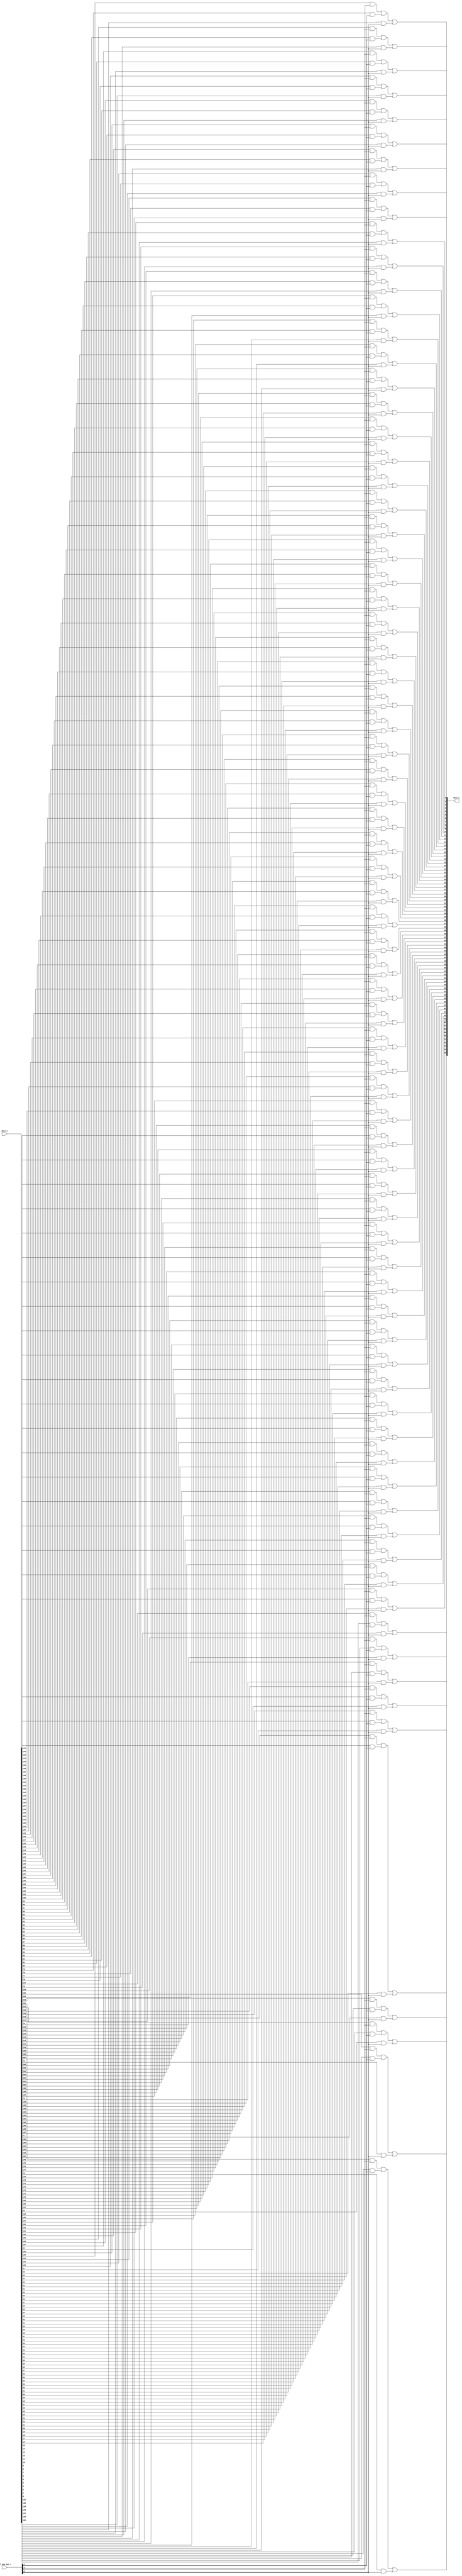
module bsg_mux_one_hot_width_p76_els_p3
(
  data_i,
  sel_one_hot_i,
  data_o
);

  input [227:0] data_i;
  input [2:0] sel_one_hot_i;
  output [75:0] data_o;
  wire [75:0] data_o;
  wire N0,N1,N2,N3,N4,N5,N6,N7,N8,N9,N10,N11,N12,N13,N14,N15,N16,N17,N18,N19,N20,N21,
  N22,N23,N24,N25,N26,N27,N28,N29,N30,N31,N32,N33,N34,N35,N36,N37,N38,N39,N40,N41,
  N42,N43,N44,N45,N46,N47,N48,N49,N50,N51,N52,N53,N54,N55,N56,N57,N58,N59,N60,N61,
  N62,N63,N64,N65,N66,N67,N68,N69,N70,N71,N72,N73,N74,N75;
  wire [227:0] data_masked;
  assign data_masked[75] = data_i[75] & sel_one_hot_i[0];
  assign data_masked[74] = data_i[74] & sel_one_hot_i[0];
  assign data_masked[73] = data_i[73] & sel_one_hot_i[0];
  assign data_masked[72] = data_i[72] & sel_one_hot_i[0];
  assign data_masked[71] = data_i[71] & sel_one_hot_i[0];
  assign data_masked[70] = data_i[70] & sel_one_hot_i[0];
  assign data_masked[69] = data_i[69] & sel_one_hot_i[0];
  assign data_masked[68] = data_i[68] & sel_one_hot_i[0];
  assign data_masked[67] = data_i[67] & sel_one_hot_i[0];
  assign data_masked[66] = data_i[66] & sel_one_hot_i[0];
  assign data_masked[65] = data_i[65] & sel_one_hot_i[0];
  assign data_masked[64] = data_i[64] & sel_one_hot_i[0];
  assign data_masked[63] = data_i[63] & sel_one_hot_i[0];
  assign data_masked[62] = data_i[62] & sel_one_hot_i[0];
  assign data_masked[61] = data_i[61] & sel_one_hot_i[0];
  assign data_masked[60] = data_i[60] & sel_one_hot_i[0];
  assign data_masked[59] = data_i[59] & sel_one_hot_i[0];
  assign data_masked[58] = data_i[58] & sel_one_hot_i[0];
  assign data_masked[57] = data_i[57] & sel_one_hot_i[0];
  assign data_masked[56] = data_i[56] & sel_one_hot_i[0];
  assign data_masked[55] = data_i[55] & sel_one_hot_i[0];
  assign data_masked[54] = data_i[54] & sel_one_hot_i[0];
  assign data_masked[53] = data_i[53] & sel_one_hot_i[0];
  assign data_masked[52] = data_i[52] & sel_one_hot_i[0];
  assign data_masked[51] = data_i[51] & sel_one_hot_i[0];
  assign data_masked[50] = data_i[50] & sel_one_hot_i[0];
  assign data_masked[49] = data_i[49] & sel_one_hot_i[0];
  assign data_masked[48] = data_i[48] & sel_one_hot_i[0];
  assign data_masked[47] = data_i[47] & sel_one_hot_i[0];
  assign data_masked[46] = data_i[46] & sel_one_hot_i[0];
  assign data_masked[45] = data_i[45] & sel_one_hot_i[0];
  assign data_masked[44] = data_i[44] & sel_one_hot_i[0];
  assign data_masked[43] = data_i[43] & sel_one_hot_i[0];
  assign data_masked[42] = data_i[42] & sel_one_hot_i[0];
  assign data_masked[41] = data_i[41] & sel_one_hot_i[0];
  assign data_masked[40] = data_i[40] & sel_one_hot_i[0];
  assign data_masked[39] = data_i[39] & sel_one_hot_i[0];
  assign data_masked[38] = data_i[38] & sel_one_hot_i[0];
  assign data_masked[37] = data_i[37] & sel_one_hot_i[0];
  assign data_masked[36] = data_i[36] & sel_one_hot_i[0];
  assign data_masked[35] = data_i[35] & sel_one_hot_i[0];
  assign data_masked[34] = data_i[34] & sel_one_hot_i[0];
  assign data_masked[33] = data_i[33] & sel_one_hot_i[0];
  assign data_masked[32] = data_i[32] & sel_one_hot_i[0];
  assign data_masked[31] = data_i[31] & sel_one_hot_i[0];
  assign data_masked[30] = data_i[30] & sel_one_hot_i[0];
  assign data_masked[29] = data_i[29] & sel_one_hot_i[0];
  assign data_masked[28] = data_i[28] & sel_one_hot_i[0];
  assign data_masked[27] = data_i[27] & sel_one_hot_i[0];
  assign data_masked[26] = data_i[26] & sel_one_hot_i[0];
  assign data_masked[25] = data_i[25] & sel_one_hot_i[0];
  assign data_masked[24] = data_i[24] & sel_one_hot_i[0];
  assign data_masked[23] = data_i[23] & sel_one_hot_i[0];
  assign data_masked[22] = data_i[22] & sel_one_hot_i[0];
  assign data_masked[21] = data_i[21] & sel_one_hot_i[0];
  assign data_masked[20] = data_i[20] & sel_one_hot_i[0];
  assign data_masked[19] = data_i[19] & sel_one_hot_i[0];
  assign data_masked[18] = data_i[18] & sel_one_hot_i[0];
  assign data_masked[17] = data_i[17] & sel_one_hot_i[0];
  assign data_masked[16] = data_i[16] & sel_one_hot_i[0];
  assign data_masked[15] = data_i[15] & sel_one_hot_i[0];
  assign data_masked[14] = data_i[14] & sel_one_hot_i[0];
  assign data_masked[13] = data_i[13] & sel_one_hot_i[0];
  assign data_masked[12] = data_i[12] & sel_one_hot_i[0];
  assign data_masked[11] = data_i[11] & sel_one_hot_i[0];
  assign data_masked[10] = data_i[10] & sel_one_hot_i[0];
  assign data_masked[9] = data_i[9] & sel_one_hot_i[0];
  assign data_masked[8] = data_i[8] & sel_one_hot_i[0];
  assign data_masked[7] = data_i[7] & sel_one_hot_i[0];
  assign data_masked[6] = data_i[6] & sel_one_hot_i[0];
  assign data_masked[5] = data_i[5] & sel_one_hot_i[0];
  assign data_masked[4] = data_i[4] & sel_one_hot_i[0];
  assign data_masked[3] = data_i[3] & sel_one_hot_i[0];
  assign data_masked[2] = data_i[2] & sel_one_hot_i[0];
  assign data_masked[1] = data_i[1] & sel_one_hot_i[0];
  assign data_masked[0] = data_i[0] & sel_one_hot_i[0];
  assign data_masked[151] = data_i[151] & sel_one_hot_i[1];
  assign data_masked[150] = data_i[150] & sel_one_hot_i[1];
  assign data_masked[149] = data_i[149] & sel_one_hot_i[1];
  assign data_masked[148] = data_i[148] & sel_one_hot_i[1];
  assign data_masked[147] = data_i[147] & sel_one_hot_i[1];
  assign data_masked[146] = data_i[146] & sel_one_hot_i[1];
  assign data_masked[145] = data_i[145] & sel_one_hot_i[1];
  assign data_masked[144] = data_i[144] & sel_one_hot_i[1];
  assign data_masked[143] = data_i[143] & sel_one_hot_i[1];
  assign data_masked[142] = data_i[142] & sel_one_hot_i[1];
  assign data_masked[141] = data_i[141] & sel_one_hot_i[1];
  assign data_masked[140] = data_i[140] & sel_one_hot_i[1];
  assign data_masked[139] = data_i[139] & sel_one_hot_i[1];
  assign data_masked[138] = data_i[138] & sel_one_hot_i[1];
  assign data_masked[137] = data_i[137] & sel_one_hot_i[1];
  assign data_masked[136] = data_i[136] & sel_one_hot_i[1];
  assign data_masked[135] = data_i[135] & sel_one_hot_i[1];
  assign data_masked[134] = data_i[134] & sel_one_hot_i[1];
  assign data_masked[133] = data_i[133] & sel_one_hot_i[1];
  assign data_masked[132] = data_i[132] & sel_one_hot_i[1];
  assign data_masked[131] = data_i[131] & sel_one_hot_i[1];
  assign data_masked[130] = data_i[130] & sel_one_hot_i[1];
  assign data_masked[129] = data_i[129] & sel_one_hot_i[1];
  assign data_masked[128] = data_i[128] & sel_one_hot_i[1];
  assign data_masked[127] = data_i[127] & sel_one_hot_i[1];
  assign data_masked[126] = data_i[126] & sel_one_hot_i[1];
  assign data_masked[125] = data_i[125] & sel_one_hot_i[1];
  assign data_masked[124] = data_i[124] & sel_one_hot_i[1];
  assign data_masked[123] = data_i[123] & sel_one_hot_i[1];
  assign data_masked[122] = data_i[122] & sel_one_hot_i[1];
  assign data_masked[121] = data_i[121] & sel_one_hot_i[1];
  assign data_masked[120] = data_i[120] & sel_one_hot_i[1];
  assign data_masked[119] = data_i[119] & sel_one_hot_i[1];
  assign data_masked[118] = data_i[118] & sel_one_hot_i[1];
  assign data_masked[117] = data_i[117] & sel_one_hot_i[1];
  assign data_masked[116] = data_i[116] & sel_one_hot_i[1];
  assign data_masked[115] = data_i[115] & sel_one_hot_i[1];
  assign data_masked[114] = data_i[114] & sel_one_hot_i[1];
  assign data_masked[113] = data_i[113] & sel_one_hot_i[1];
  assign data_masked[112] = data_i[112] & sel_one_hot_i[1];
  assign data_masked[111] = data_i[111] & sel_one_hot_i[1];
  assign data_masked[110] = data_i[110] & sel_one_hot_i[1];
  assign data_masked[109] = data_i[109] & sel_one_hot_i[1];
  assign data_masked[108] = data_i[108] & sel_one_hot_i[1];
  assign data_masked[107] = data_i[107] & sel_one_hot_i[1];
  assign data_masked[106] = data_i[106] & sel_one_hot_i[1];
  assign data_masked[105] = data_i[105] & sel_one_hot_i[1];
  assign data_masked[104] = data_i[104] & sel_one_hot_i[1];
  assign data_masked[103] = data_i[103] & sel_one_hot_i[1];
  assign data_masked[102] = data_i[102] & sel_one_hot_i[1];
  assign data_masked[101] = data_i[101] & sel_one_hot_i[1];
  assign data_masked[100] = data_i[100] & sel_one_hot_i[1];
  assign data_masked[99] = data_i[99] & sel_one_hot_i[1];
  assign data_masked[98] = data_i[98] & sel_one_hot_i[1];
  assign data_masked[97] = data_i[97] & sel_one_hot_i[1];
  assign data_masked[96] = data_i[96] & sel_one_hot_i[1];
  assign data_masked[95] = data_i[95] & sel_one_hot_i[1];
  assign data_masked[94] = data_i[94] & sel_one_hot_i[1];
  assign data_masked[93] = data_i[93] & sel_one_hot_i[1];
  assign data_masked[92] = data_i[92] & sel_one_hot_i[1];
  assign data_masked[91] = data_i[91] & sel_one_hot_i[1];
  assign data_masked[90] = data_i[90] & sel_one_hot_i[1];
  assign data_masked[89] = data_i[89] & sel_one_hot_i[1];
  assign data_masked[88] = data_i[88] & sel_one_hot_i[1];
  assign data_masked[87] = data_i[87] & sel_one_hot_i[1];
  assign data_masked[86] = data_i[86] & sel_one_hot_i[1];
  assign data_masked[85] = data_i[85] & sel_one_hot_i[1];
  assign data_masked[84] = data_i[84] & sel_one_hot_i[1];
  assign data_masked[83] = data_i[83] & sel_one_hot_i[1];
  assign data_masked[82] = data_i[82] & sel_one_hot_i[1];
  assign data_masked[81] = data_i[81] & sel_one_hot_i[1];
  assign data_masked[80] = data_i[80] & sel_one_hot_i[1];
  assign data_masked[79] = data_i[79] & sel_one_hot_i[1];
  assign data_masked[78] = data_i[78] & sel_one_hot_i[1];
  assign data_masked[77] = data_i[77] & sel_one_hot_i[1];
  assign data_masked[76] = data_i[76] & sel_one_hot_i[1];
  assign data_masked[227] = data_i[227] & sel_one_hot_i[2];
  assign data_masked[226] = data_i[226] & sel_one_hot_i[2];
  assign data_masked[225] = data_i[225] & sel_one_hot_i[2];
  assign data_masked[224] = data_i[224] & sel_one_hot_i[2];
  assign data_masked[223] = data_i[223] & sel_one_hot_i[2];
  assign data_masked[222] = data_i[222] & sel_one_hot_i[2];
  assign data_masked[221] = data_i[221] & sel_one_hot_i[2];
  assign data_masked[220] = data_i[220] & sel_one_hot_i[2];
  assign data_masked[219] = data_i[219] & sel_one_hot_i[2];
  assign data_masked[218] = data_i[218] & sel_one_hot_i[2];
  assign data_masked[217] = data_i[217] & sel_one_hot_i[2];
  assign data_masked[216] = data_i[216] & sel_one_hot_i[2];
  assign data_masked[215] = data_i[215] & sel_one_hot_i[2];
  assign data_masked[214] = data_i[214] & sel_one_hot_i[2];
  assign data_masked[213] = data_i[213] & sel_one_hot_i[2];
  assign data_masked[212] = data_i[212] & sel_one_hot_i[2];
  assign data_masked[211] = data_i[211] & sel_one_hot_i[2];
  assign data_masked[210] = data_i[210] & sel_one_hot_i[2];
  assign data_masked[209] = data_i[209] & sel_one_hot_i[2];
  assign data_masked[208] = data_i[208] & sel_one_hot_i[2];
  assign data_masked[207] = data_i[207] & sel_one_hot_i[2];
  assign data_masked[206] = data_i[206] & sel_one_hot_i[2];
  assign data_masked[205] = data_i[205] & sel_one_hot_i[2];
  assign data_masked[204] = data_i[204] & sel_one_hot_i[2];
  assign data_masked[203] = data_i[203] & sel_one_hot_i[2];
  assign data_masked[202] = data_i[202] & sel_one_hot_i[2];
  assign data_masked[201] = data_i[201] & sel_one_hot_i[2];
  assign data_masked[200] = data_i[200] & sel_one_hot_i[2];
  assign data_masked[199] = data_i[199] & sel_one_hot_i[2];
  assign data_masked[198] = data_i[198] & sel_one_hot_i[2];
  assign data_masked[197] = data_i[197] & sel_one_hot_i[2];
  assign data_masked[196] = data_i[196] & sel_one_hot_i[2];
  assign data_masked[195] = data_i[195] & sel_one_hot_i[2];
  assign data_masked[194] = data_i[194] & sel_one_hot_i[2];
  assign data_masked[193] = data_i[193] & sel_one_hot_i[2];
  assign data_masked[192] = data_i[192] & sel_one_hot_i[2];
  assign data_masked[191] = data_i[191] & sel_one_hot_i[2];
  assign data_masked[190] = data_i[190] & sel_one_hot_i[2];
  assign data_masked[189] = data_i[189] & sel_one_hot_i[2];
  assign data_masked[188] = data_i[188] & sel_one_hot_i[2];
  assign data_masked[187] = data_i[187] & sel_one_hot_i[2];
  assign data_masked[186] = data_i[186] & sel_one_hot_i[2];
  assign data_masked[185] = data_i[185] & sel_one_hot_i[2];
  assign data_masked[184] = data_i[184] & sel_one_hot_i[2];
  assign data_masked[183] = data_i[183] & sel_one_hot_i[2];
  assign data_masked[182] = data_i[182] & sel_one_hot_i[2];
  assign data_masked[181] = data_i[181] & sel_one_hot_i[2];
  assign data_masked[180] = data_i[180] & sel_one_hot_i[2];
  assign data_masked[179] = data_i[179] & sel_one_hot_i[2];
  assign data_masked[178] = data_i[178] & sel_one_hot_i[2];
  assign data_masked[177] = data_i[177] & sel_one_hot_i[2];
  assign data_masked[176] = data_i[176] & sel_one_hot_i[2];
  assign data_masked[175] = data_i[175] & sel_one_hot_i[2];
  assign data_masked[174] = data_i[174] & sel_one_hot_i[2];
  assign data_masked[173] = data_i[173] & sel_one_hot_i[2];
  assign data_masked[172] = data_i[172] & sel_one_hot_i[2];
  assign data_masked[171] = data_i[171] & sel_one_hot_i[2];
  assign data_masked[170] = data_i[170] & sel_one_hot_i[2];
  assign data_masked[169] = data_i[169] & sel_one_hot_i[2];
  assign data_masked[168] = data_i[168] & sel_one_hot_i[2];
  assign data_masked[167] = data_i[167] & sel_one_hot_i[2];
  assign data_masked[166] = data_i[166] & sel_one_hot_i[2];
  assign data_masked[165] = data_i[165] & sel_one_hot_i[2];
  assign data_masked[164] = data_i[164] & sel_one_hot_i[2];
  assign data_masked[163] = data_i[163] & sel_one_hot_i[2];
  assign data_masked[162] = data_i[162] & sel_one_hot_i[2];
  assign data_masked[161] = data_i[161] & sel_one_hot_i[2];
  assign data_masked[160] = data_i[160] & sel_one_hot_i[2];
  assign data_masked[159] = data_i[159] & sel_one_hot_i[2];
  assign data_masked[158] = data_i[158] & sel_one_hot_i[2];
  assign data_masked[157] = data_i[157] & sel_one_hot_i[2];
  assign data_masked[156] = data_i[156] & sel_one_hot_i[2];
  assign data_masked[155] = data_i[155] & sel_one_hot_i[2];
  assign data_masked[154] = data_i[154] & sel_one_hot_i[2];
  assign data_masked[153] = data_i[153] & sel_one_hot_i[2];
  assign data_masked[152] = data_i[152] & sel_one_hot_i[2];
  assign data_o[0] = N0 | data_masked[0];
  assign N0 = data_masked[152] | data_masked[76];
  assign data_o[1] = N1 | data_masked[1];
  assign N1 = data_masked[153] | data_masked[77];
  assign data_o[2] = N2 | data_masked[2];
  assign N2 = data_masked[154] | data_masked[78];
  assign data_o[3] = N3 | data_masked[3];
  assign N3 = data_masked[155] | data_masked[79];
  assign data_o[4] = N4 | data_masked[4];
  assign N4 = data_masked[156] | data_masked[80];
  assign data_o[5] = N5 | data_masked[5];
  assign N5 = data_masked[157] | data_masked[81];
  assign data_o[6] = N6 | data_masked[6];
  assign N6 = data_masked[158] | data_masked[82];
  assign data_o[7] = N7 | data_masked[7];
  assign N7 = data_masked[159] | data_masked[83];
  assign data_o[8] = N8 | data_masked[8];
  assign N8 = data_masked[160] | data_masked[84];
  assign data_o[9] = N9 | data_masked[9];
  assign N9 = data_masked[161] | data_masked[85];
  assign data_o[10] = N10 | data_masked[10];
  assign N10 = data_masked[162] | data_masked[86];
  assign data_o[11] = N11 | data_masked[11];
  assign N11 = data_masked[163] | data_masked[87];
  assign data_o[12] = N12 | data_masked[12];
  assign N12 = data_masked[164] | data_masked[88];
  assign data_o[13] = N13 | data_masked[13];
  assign N13 = data_masked[165] | data_masked[89];
  assign data_o[14] = N14 | data_masked[14];
  assign N14 = data_masked[166] | data_masked[90];
  assign data_o[15] = N15 | data_masked[15];
  assign N15 = data_masked[167] | data_masked[91];
  assign data_o[16] = N16 | data_masked[16];
  assign N16 = data_masked[168] | data_masked[92];
  assign data_o[17] = N17 | data_masked[17];
  assign N17 = data_masked[169] | data_masked[93];
  assign data_o[18] = N18 | data_masked[18];
  assign N18 = data_masked[170] | data_masked[94];
  assign data_o[19] = N19 | data_masked[19];
  assign N19 = data_masked[171] | data_masked[95];
  assign data_o[20] = N20 | data_masked[20];
  assign N20 = data_masked[172] | data_masked[96];
  assign data_o[21] = N21 | data_masked[21];
  assign N21 = data_masked[173] | data_masked[97];
  assign data_o[22] = N22 | data_masked[22];
  assign N22 = data_masked[174] | data_masked[98];
  assign data_o[23] = N23 | data_masked[23];
  assign N23 = data_masked[175] | data_masked[99];
  assign data_o[24] = N24 | data_masked[24];
  assign N24 = data_masked[176] | data_masked[100];
  assign data_o[25] = N25 | data_masked[25];
  assign N25 = data_masked[177] | data_masked[101];
  assign data_o[26] = N26 | data_masked[26];
  assign N26 = data_masked[178] | data_masked[102];
  assign data_o[27] = N27 | data_masked[27];
  assign N27 = data_masked[179] | data_masked[103];
  assign data_o[28] = N28 | data_masked[28];
  assign N28 = data_masked[180] | data_masked[104];
  assign data_o[29] = N29 | data_masked[29];
  assign N29 = data_masked[181] | data_masked[105];
  assign data_o[30] = N30 | data_masked[30];
  assign N30 = data_masked[182] | data_masked[106];
  assign data_o[31] = N31 | data_masked[31];
  assign N31 = data_masked[183] | data_masked[107];
  assign data_o[32] = N32 | data_masked[32];
  assign N32 = data_masked[184] | data_masked[108];
  assign data_o[33] = N33 | data_masked[33];
  assign N33 = data_masked[185] | data_masked[109];
  assign data_o[34] = N34 | data_masked[34];
  assign N34 = data_masked[186] | data_masked[110];
  assign data_o[35] = N35 | data_masked[35];
  assign N35 = data_masked[187] | data_masked[111];
  assign data_o[36] = N36 | data_masked[36];
  assign N36 = data_masked[188] | data_masked[112];
  assign data_o[37] = N37 | data_masked[37];
  assign N37 = data_masked[189] | data_masked[113];
  assign data_o[38] = N38 | data_masked[38];
  assign N38 = data_masked[190] | data_masked[114];
  assign data_o[39] = N39 | data_masked[39];
  assign N39 = data_masked[191] | data_masked[115];
  assign data_o[40] = N40 | data_masked[40];
  assign N40 = data_masked[192] | data_masked[116];
  assign data_o[41] = N41 | data_masked[41];
  assign N41 = data_masked[193] | data_masked[117];
  assign data_o[42] = N42 | data_masked[42];
  assign N42 = data_masked[194] | data_masked[118];
  assign data_o[43] = N43 | data_masked[43];
  assign N43 = data_masked[195] | data_masked[119];
  assign data_o[44] = N44 | data_masked[44];
  assign N44 = data_masked[196] | data_masked[120];
  assign data_o[45] = N45 | data_masked[45];
  assign N45 = data_masked[197] | data_masked[121];
  assign data_o[46] = N46 | data_masked[46];
  assign N46 = data_masked[198] | data_masked[122];
  assign data_o[47] = N47 | data_masked[47];
  assign N47 = data_masked[199] | data_masked[123];
  assign data_o[48] = N48 | data_masked[48];
  assign N48 = data_masked[200] | data_masked[124];
  assign data_o[49] = N49 | data_masked[49];
  assign N49 = data_masked[201] | data_masked[125];
  assign data_o[50] = N50 | data_masked[50];
  assign N50 = data_masked[202] | data_masked[126];
  assign data_o[51] = N51 | data_masked[51];
  assign N51 = data_masked[203] | data_masked[127];
  assign data_o[52] = N52 | data_masked[52];
  assign N52 = data_masked[204] | data_masked[128];
  assign data_o[53] = N53 | data_masked[53];
  assign N53 = data_masked[205] | data_masked[129];
  assign data_o[54] = N54 | data_masked[54];
  assign N54 = data_masked[206] | data_masked[130];
  assign data_o[55] = N55 | data_masked[55];
  assign N55 = data_masked[207] | data_masked[131];
  assign data_o[56] = N56 | data_masked[56];
  assign N56 = data_masked[208] | data_masked[132];
  assign data_o[57] = N57 | data_masked[57];
  assign N57 = data_masked[209] | data_masked[133];
  assign data_o[58] = N58 | data_masked[58];
  assign N58 = data_masked[210] | data_masked[134];
  assign data_o[59] = N59 | data_masked[59];
  assign N59 = data_masked[211] | data_masked[135];
  assign data_o[60] = N60 | data_masked[60];
  assign N60 = data_masked[212] | data_masked[136];
  assign data_o[61] = N61 | data_masked[61];
  assign N61 = data_masked[213] | data_masked[137];
  assign data_o[62] = N62 | data_masked[62];
  assign N62 = data_masked[214] | data_masked[138];
  assign data_o[63] = N63 | data_masked[63];
  assign N63 = data_masked[215] | data_masked[139];
  assign data_o[64] = N64 | data_masked[64];
  assign N64 = data_masked[216] | data_masked[140];
  assign data_o[65] = N65 | data_masked[65];
  assign N65 = data_masked[217] | data_masked[141];
  assign data_o[66] = N66 | data_masked[66];
  assign N66 = data_masked[218] | data_masked[142];
  assign data_o[67] = N67 | data_masked[67];
  assign N67 = data_masked[219] | data_masked[143];
  assign data_o[68] = N68 | data_masked[68];
  assign N68 = data_masked[220] | data_masked[144];
  assign data_o[69] = N69 | data_masked[69];
  assign N69 = data_masked[221] | data_masked[145];
  assign data_o[70] = N70 | data_masked[70];
  assign N70 = data_masked[222] | data_masked[146];
  assign data_o[71] = N71 | data_masked[71];
  assign N71 = data_masked[223] | data_masked[147];
  assign data_o[72] = N72 | data_masked[72];
  assign N72 = data_masked[224] | data_masked[148];
  assign data_o[73] = N73 | data_masked[73];
  assign N73 = data_masked[225] | data_masked[149];
  assign data_o[74] = N74 | data_masked[74];
  assign N74 = data_masked[226] | data_masked[150];
  assign data_o[75] = N75 | data_masked[75];
  assign N75 = data_masked[227] | data_masked[151];

endmodule